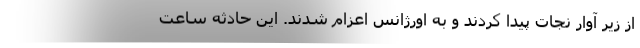
از زیر آوار نجات پیدا کردند و به اورژانس اعزام شدند. این حادثه ساعت